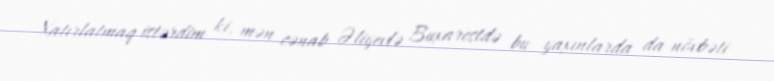
Xatırlatmaq istərdim ki, mən cənab Əliyevlə Buxarestdə bu yaxınlarda da növbəti